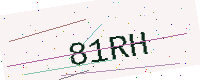
Text: 81RH